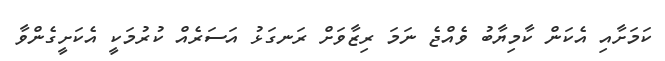
ކަމަށާއި އެކަން ކާމިޔާބު ވެއްޖެ ނަމަ ރިޒާވަށް ރަނގަޅު އަސަރެއް ކުރުމަކީ އެކަށީގެންވާ